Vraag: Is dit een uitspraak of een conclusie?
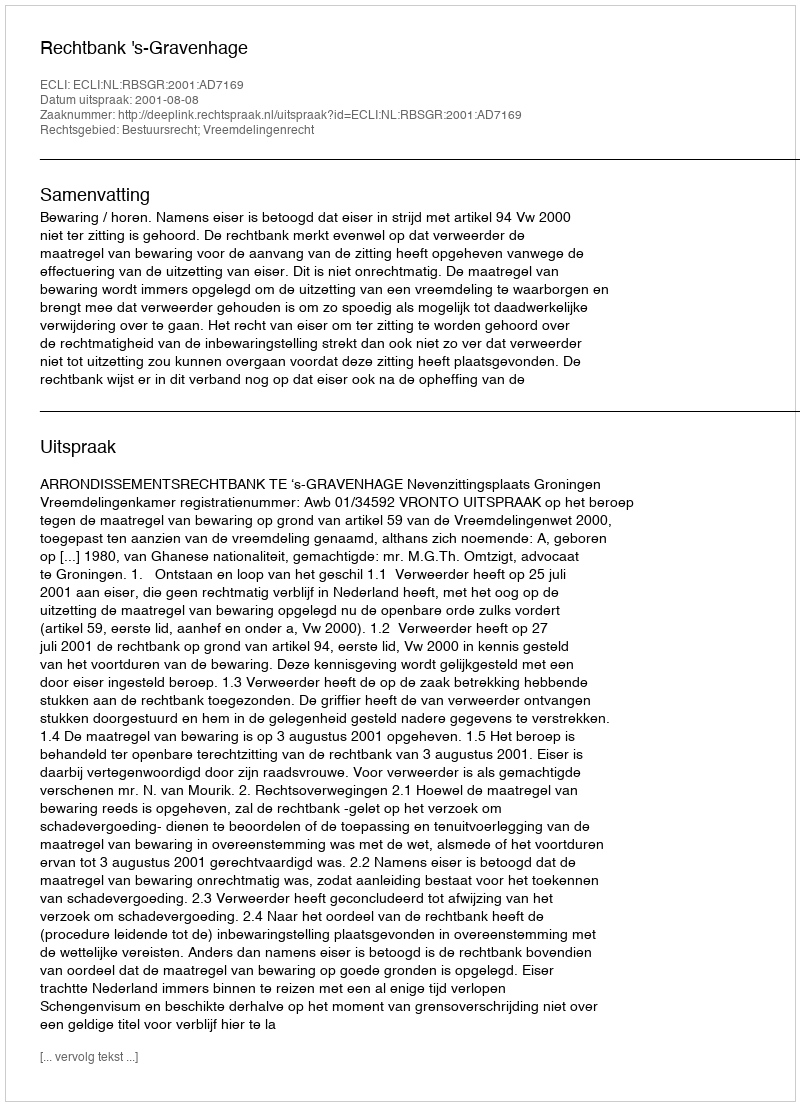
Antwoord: Uitspraak